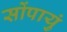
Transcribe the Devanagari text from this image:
सोंपायुं